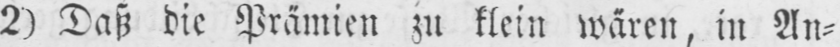
2) Daß die Prämien zu klein wären, in An⸗